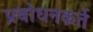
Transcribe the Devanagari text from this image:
प्रबोधनकर्ते